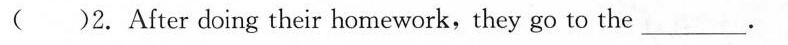
( )2. After doing their homework, they go to the___.